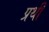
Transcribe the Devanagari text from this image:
प्रथी